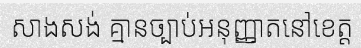
សាងសង់ គ្មានច្បាប់អនុញ្ញាតនៅខេត្ត